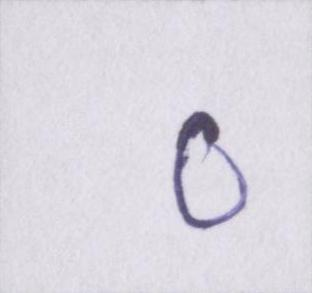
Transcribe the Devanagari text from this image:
०